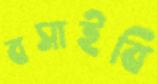
বসাইবি